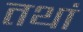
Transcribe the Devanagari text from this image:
तथां